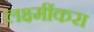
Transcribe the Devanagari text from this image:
लक्ष्मींकरा